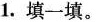
1.填一填。